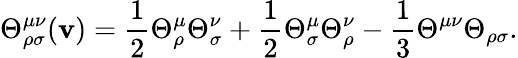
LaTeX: \Theta_{\rho\sigma}^{\mu\nu}(\mathbf{v})=\frac{{1}}{{2}}\Theta_{\rho}^{\mu}\Theta_{\sigma}^{\nu}+\frac{{1}}{{2}}\Theta_{\sigma}^{\mu}\Theta_{\rho}^{\nu}-\frac{{1}}{{3}}\Theta^{\mu\nu}\Theta_{\rho\sigma}.